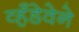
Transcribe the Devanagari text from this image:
व्हँडेवेने